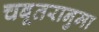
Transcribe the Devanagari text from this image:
चबूतरानुमा